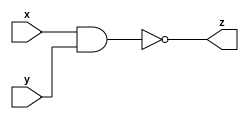
module nand_gate_n (x, y, z);
  // synopsys template
  parameter integer n = 32;
  input [n-1:0] x;
  input [n-1:0] y;
  output [n-1:0] z;

  assign z = ~(x&y) ;


endmodule